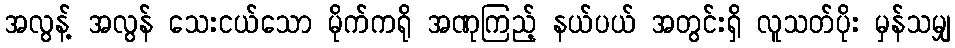
အလွန့် အလွန် သေးငယ်သော မိုက်ကရို အဏုကြည့် နယ်ပယ် အတွင်းရှိ လူသတ်ပိုး မှန်သမျှ